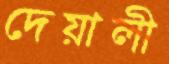
দেয়ালী